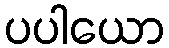
ပပါယော